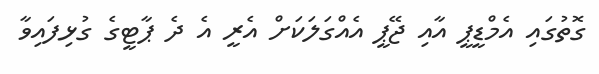
ގޮތުގައި އެމްޑީޕީ އާއި ޖޭޕީ އެއްގަލަކަށް އެރީ އެ ދެ ޕާޓީގެ ގުޅިފައިވާ